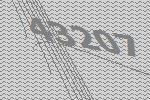
43207